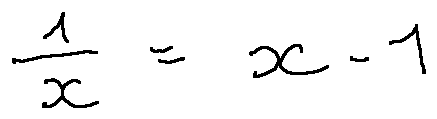
\frac { 1 } { x } = x - 1